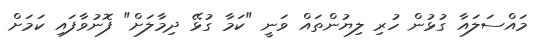
މައްސަލައާ ގުޅުން ހުރި ލިޔުންތައް ވަނީ "ކަމާ ގުޅޭ ދިމާލަށް" ފޮނުވާފައި ކަމަށް